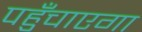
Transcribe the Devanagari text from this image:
पहुँचाएगा